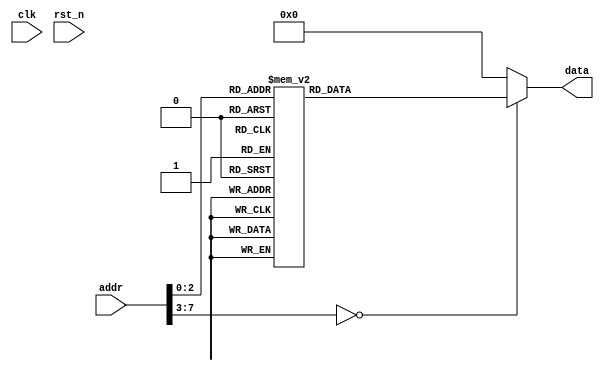
`timescale 1ns/1ns
module rom(
    input clk,
    input rst_n,
    input [7:0]addr,
     
    output reg [3:0]data
);
    always @ (*)
    begin
            case(addr)
                8'd0:data=4'd0;
                8'd1:data=4'd2;
                8'd2:data=4'd4;
                8'd3:data=4'd6;
                8'd4:data=4'd8;
                8'd5:data=4'd10;
                8'd6:data=4'd12;
                8'd7:data=4'd14;
                default:data=4'd0;
            endcase
    end
endmodule